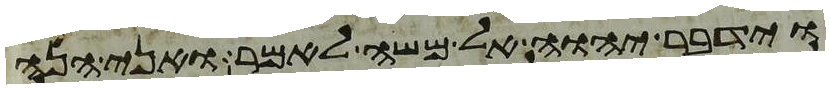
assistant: וידבר יהוה אל משה לאמר ואני הנה